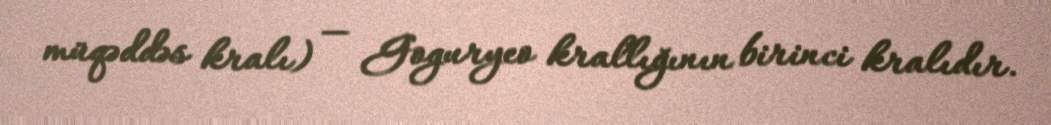
müqəddəs kralı) — Goguryeo krallığının birinci kralıdır.